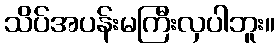
သိပ်အပန်းမကြီးလှပါဘူး။